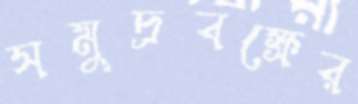
সমুদ্রবক্ষের